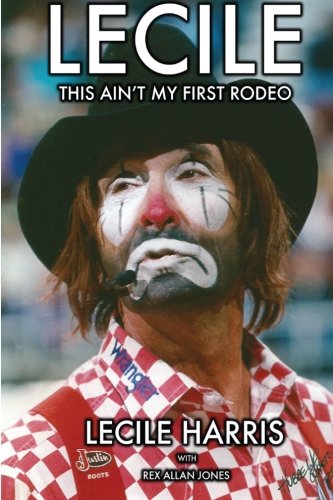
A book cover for Lecile: This Ain't My First Rodeo; Lecile Harris; Humor & Entertainment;